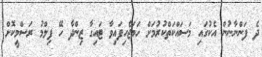
ދެ ފަންނާނުން އެކުގައި މަސައްކަތްކުރުމަށް ހަމަޖެހިފައިވާ ޓައިގާ ޒިންދާ ހޭ ފިލްމު ރަސްމީކޮށް